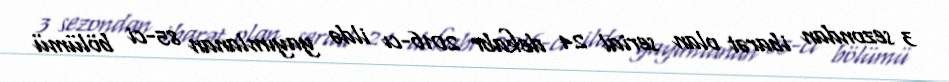
3 sezondan ibarət olan serial 24 dekabr 2016-cı ildə yayımlanan 85-ci bölümü